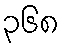
၃၆၈